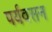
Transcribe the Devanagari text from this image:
पर्यवसन